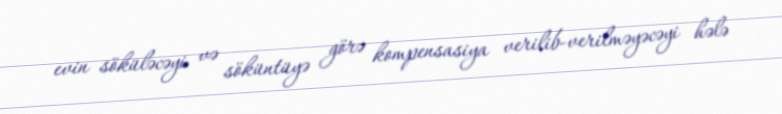
evin söküləcəyi və söküntüyə görə kompensasiya verilib-verilməyəcəyi hələ